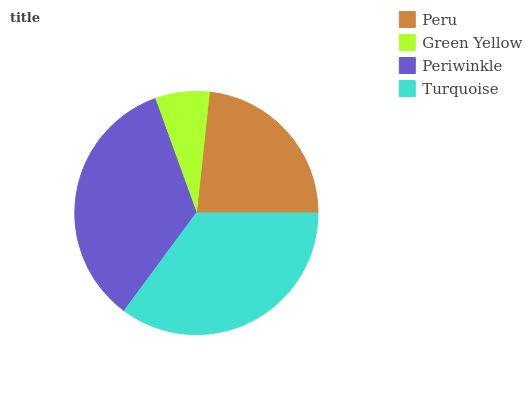
| Peru | Green Yellow | Periwinkle | Turquoise |
 | --- | --- | --- | --- |
 | 23.2% | 7.22% | 34.4% | 35.2% |